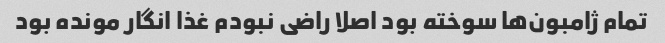
تمام ژامبون‌ها سوخته بود اصلا راضی نبودم غذا انگار مونده بود